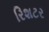
રિશટર